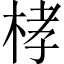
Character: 㭳